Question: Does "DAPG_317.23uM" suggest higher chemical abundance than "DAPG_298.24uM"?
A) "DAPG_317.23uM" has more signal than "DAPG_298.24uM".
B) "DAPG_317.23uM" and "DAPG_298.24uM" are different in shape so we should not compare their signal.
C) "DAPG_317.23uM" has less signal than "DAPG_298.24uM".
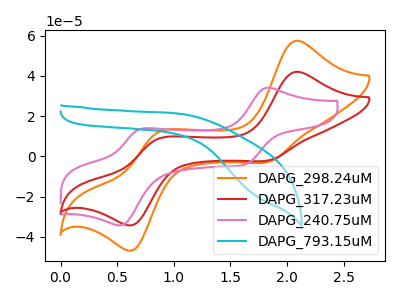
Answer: <think>The orange curve "DAPG_298.24uM" has anodic peaks at (2.10V, 57.50uA) (0.85V, 11.85uA) and cathodic peaks at (1.85V, -2.40uA) (0.65V, -46.40uA). The red curve "DAPG_317.23uM" has anodic peaks at (2.10V, 42.05uA) (0.85V, 8.65uA) and cathodic peaks at (1.85V, -1.75uA) (0.65V, -33.90uA). The pink curve "DAPG_240.75uM" has anodic peaks at (1.85V, 34.20uA) (0.75V, 14.00uA) and cathodic peaks at (1.65V, -4.00uA) (0.50V, -34.25uA). The cyan curve "DAPG_793.15uM" has no peaks.
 All the peaks in "DAPG_317.23uM" have a peak in "DAPG_298.24uM" at the same potential. Every peak in "DAPG_317.23uM" is lower than every peak in "DAPG_298.24uM".</think>
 <answer>C) "DAPG_317.23uM" has less signal than "DAPG_298.24uM".</answer>
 <eval>C</eval>